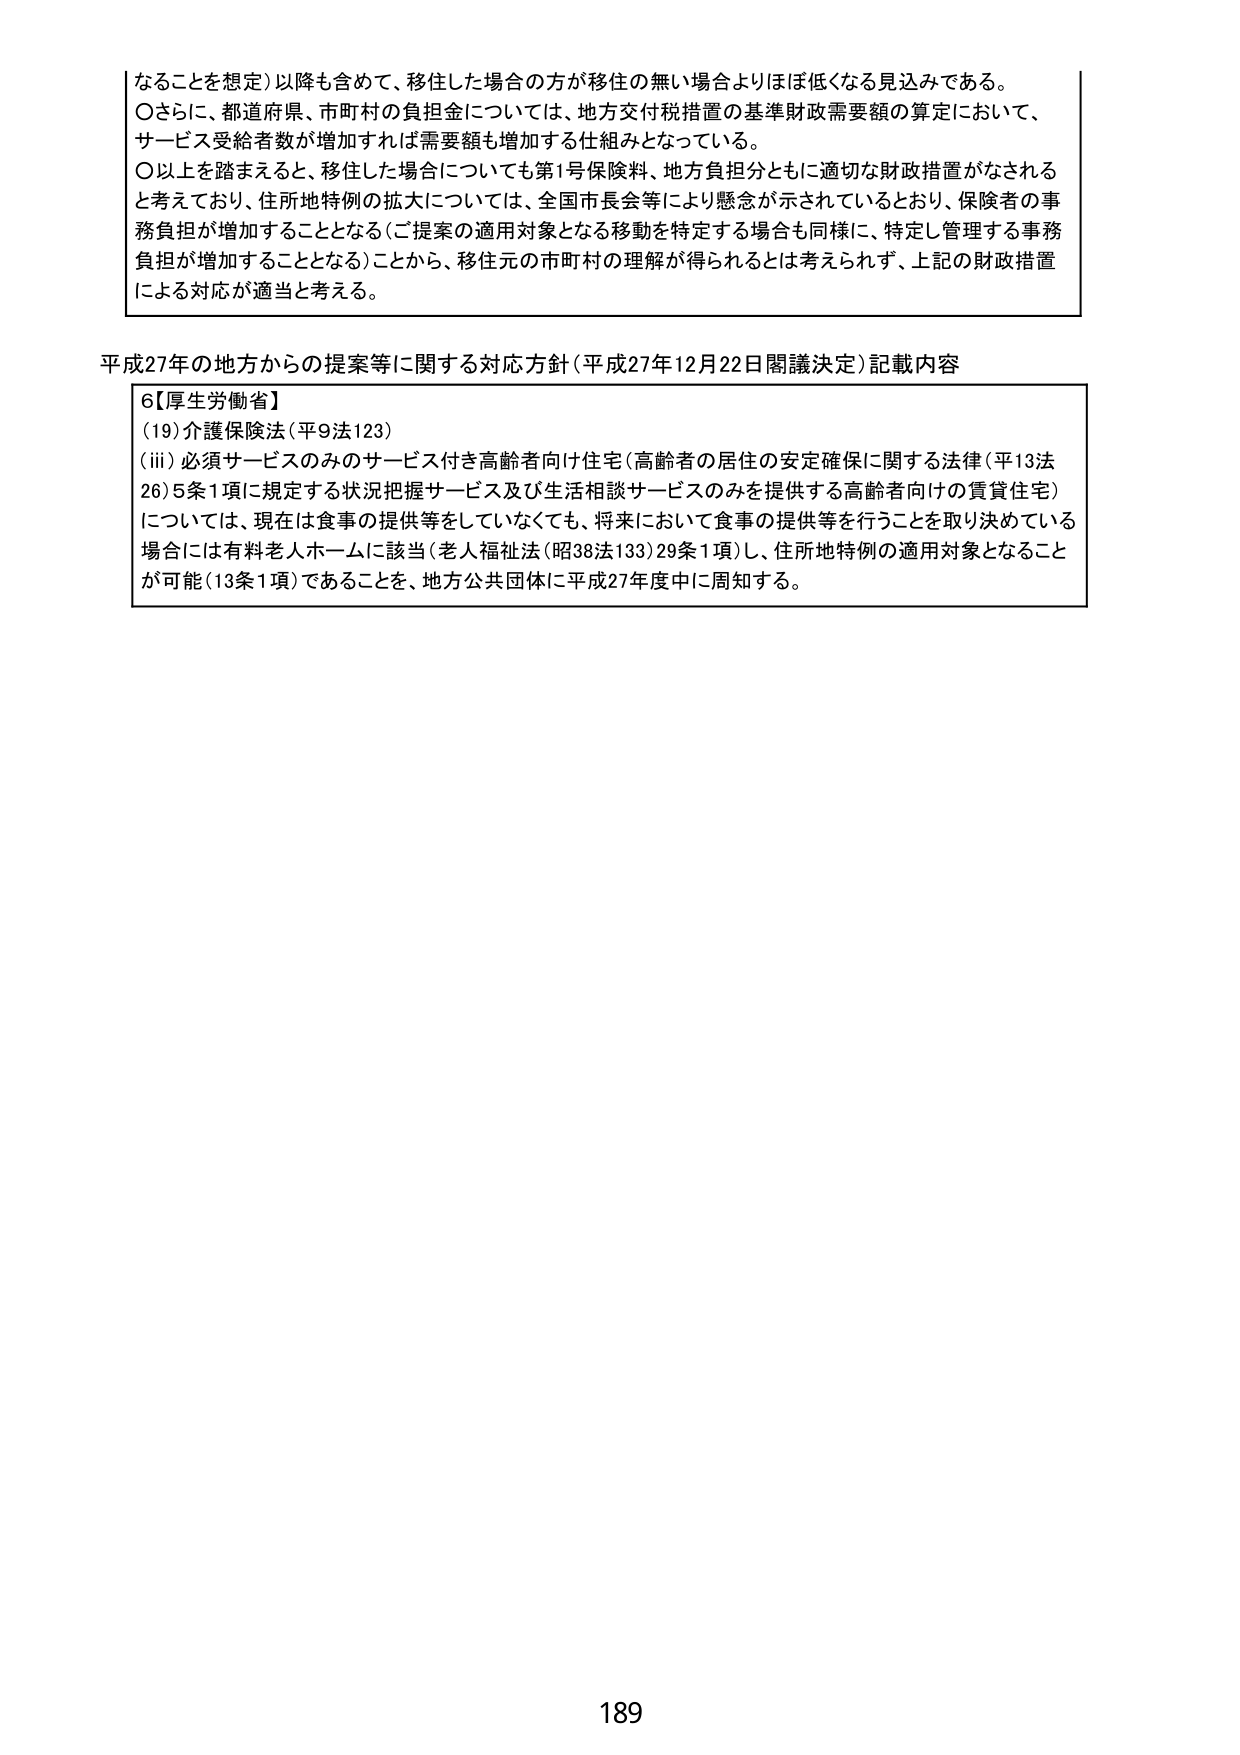
なることを想定）以降も含めて、移住した場合の方が移住の無い場合よりほぼ低くなる見込みである。
〇さらに、都道府県、市町村の負担金については、地方交付税措置の基準財政需要額の算定において、
サービス受給者数が増加すれば需要額も増加する仕組みとなっている。
〇以上を踏まえると、移住した場合についても第1号保険料、地方負担分ともに適切な財政措置がなされる
と考えており、住所地特例の拡大については、全国市長会等により懸念が示されているとおり、保険者の事
務負担が増加することとなる（ご提案の適用対象となる移動を特定する場合も同様に、特定し管理する事務
負担が増加することとなる）ことから、移住元の市町村の理解が得られるとは考えられず、上記の財政措置
による対応が適当と考える。

平成27年の地方からの提案等に関する対応方針（平成27年12月22日閣議決定）記載内容

6【厚生労働省】
（19）介護保険法（平9法123）
（iii）必須サービスのみのサービス付き高齢者向け住宅（高齢者の居住の安定確保に関する法律（平13法
26）5条1項に規定する状況把握サービス及び生活相談サービスのみを提供する高齢者向けの賃貸住宅）
については、現在は食事の提供等をしていなくても、将来において食事の提供等を行うことを取り決めている
場合には有料老人ホームに該当（老人福祉法（昭38法133）29条1項）し、住所地特例の適用対象となること
が可能（13条1項）であることを、地方公共団体に平成27年度中に周知する。

189